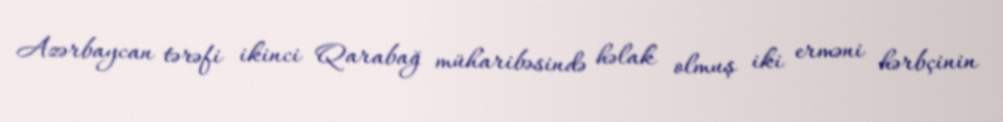
Azərbaycan tərəfi ikinci Qarabağ müharibəsində həlak olmuş iki erməni hərbçinin